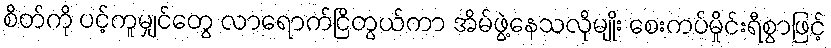
စိတ်ကို ပင့်ကူမျှင်တွေ လာရောက်ငြိတွယ်ကာ အိမ်ဖွဲ့နေသလိုမျိုး စေးကပ်မှိုင်းရီစွာဖြင့်